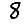
Digit: 8